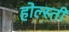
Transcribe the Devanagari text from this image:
होल्स्ती